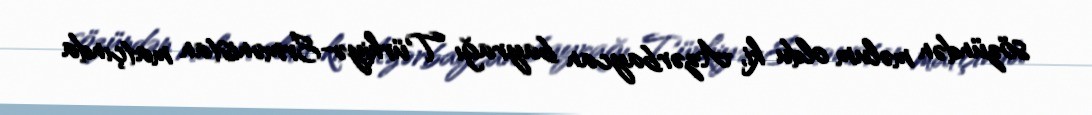
sözündən məlum oldu ki, Azərbaycan bayrağı Türkiyə-Ermənistan matçında